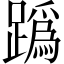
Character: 𨅌